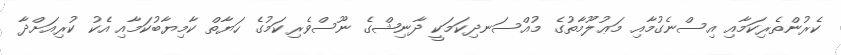
ކެރުންތެރިކަމާއި އިސްނެގުމާއި މަޢުލޫމާތުގެ މުއްސަނދިކަމަކީ ދާނިޝްގެ ނޫސްވެރިކަމުގެ ހަޔާތް ކާމިޔާބުކަމާއި އެކު ކުރިއަށްދާ